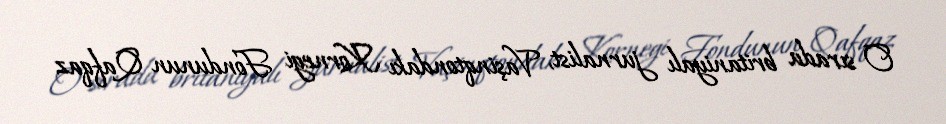
O sırada britaniyalı jurnalist, Vaşinqtondakı Kornegi Fondunun Qafqaz